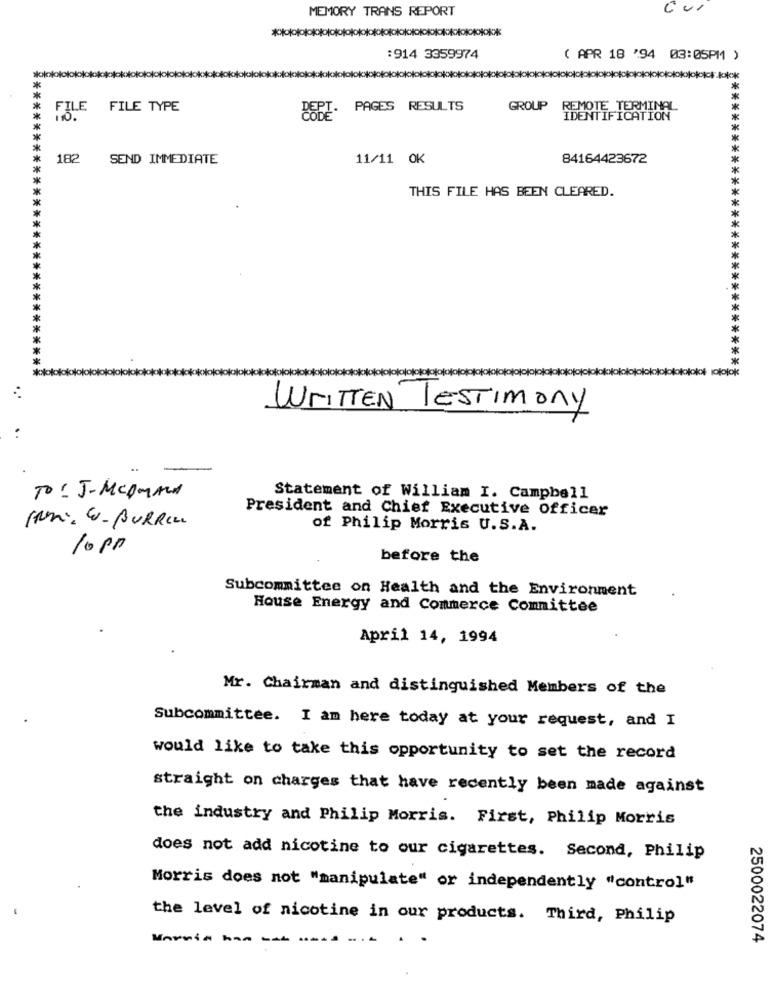
MEMORY TRANS REPORT
****
**************
:914 3359974
( APR 18 '94 03:05PM )
FILE
FILE TYPE
DEPT. PAGES RESULTS
GROUP
REMOTE TERMINAL
IDENTIFICATION
182 SEND IMMEDIATE
11/11 OK
84164423672
THIS FILE HAS BEEN CLEARED.
*
*
*****
****************************
****************************
WRITTEN TESTIMONY
. .
To : J-Mcommed
Statement of William I. Campbell
President and Chief Executive Officer
IRM: E-BURRILL
of Philip Morris U.S.A.
10 pm
before the
Subcommittee on Health and the Environment
House Energy and Commerce Committee
April 14, 1994
Mr. Chairman and distinguished Members of the
Subcommittee. I am here today at your request, and I
would like to take this opportunity to set the record
straight on charges that have recently been made against
the industry and Philip Morris. First, Philip Morris
does not add nicotine to our cigarettes. Second, Philip
Morris does not "manipulate" or independently "control"
the level of nicotine in our products. Third, Philip
Morris han -Ab
2500022074